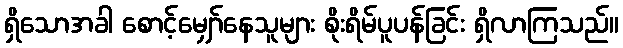
ရှိသောအခါ စောင့်မျှော်နေသူများ စိုးရိမ်ပူပန်ခြင်း ရှိလာကြသည်။